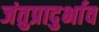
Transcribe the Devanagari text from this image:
जंतुप्रादुर्भाव